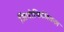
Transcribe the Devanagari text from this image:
जियोफिजिकल